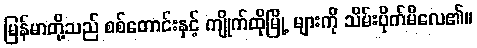
မြန်မာတို့သည် စစ်တောင်းနှင့် ကျိုက်ထိုမြို့ များကို သိမ်းပိုက်မိလေ၏။